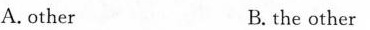
A.other B.the other